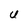
Character: U